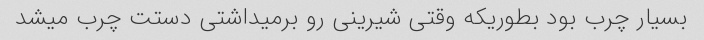
بسیار چرب بود بطوریکه وقتی شیرینی رو برمیداشتی دستت چرب میشد